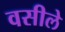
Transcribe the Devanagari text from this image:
वसीले